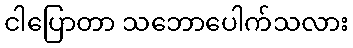
ငါပြောတာ သဘောပေါက်သလား